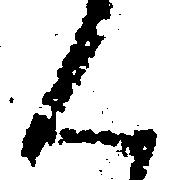
ん